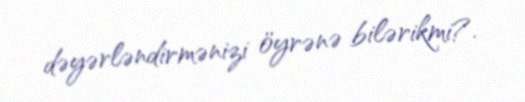
dəyərləndirmənizi öyrənə bilərikmi?.